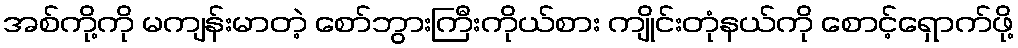
အစ်ကို့ကို မကျန်းမာတဲ့ စော်ဘွားကြီးကိုယ်စား ကျိုင်းတုံနယ်ကို စောင့်ရှောက်ဖို့